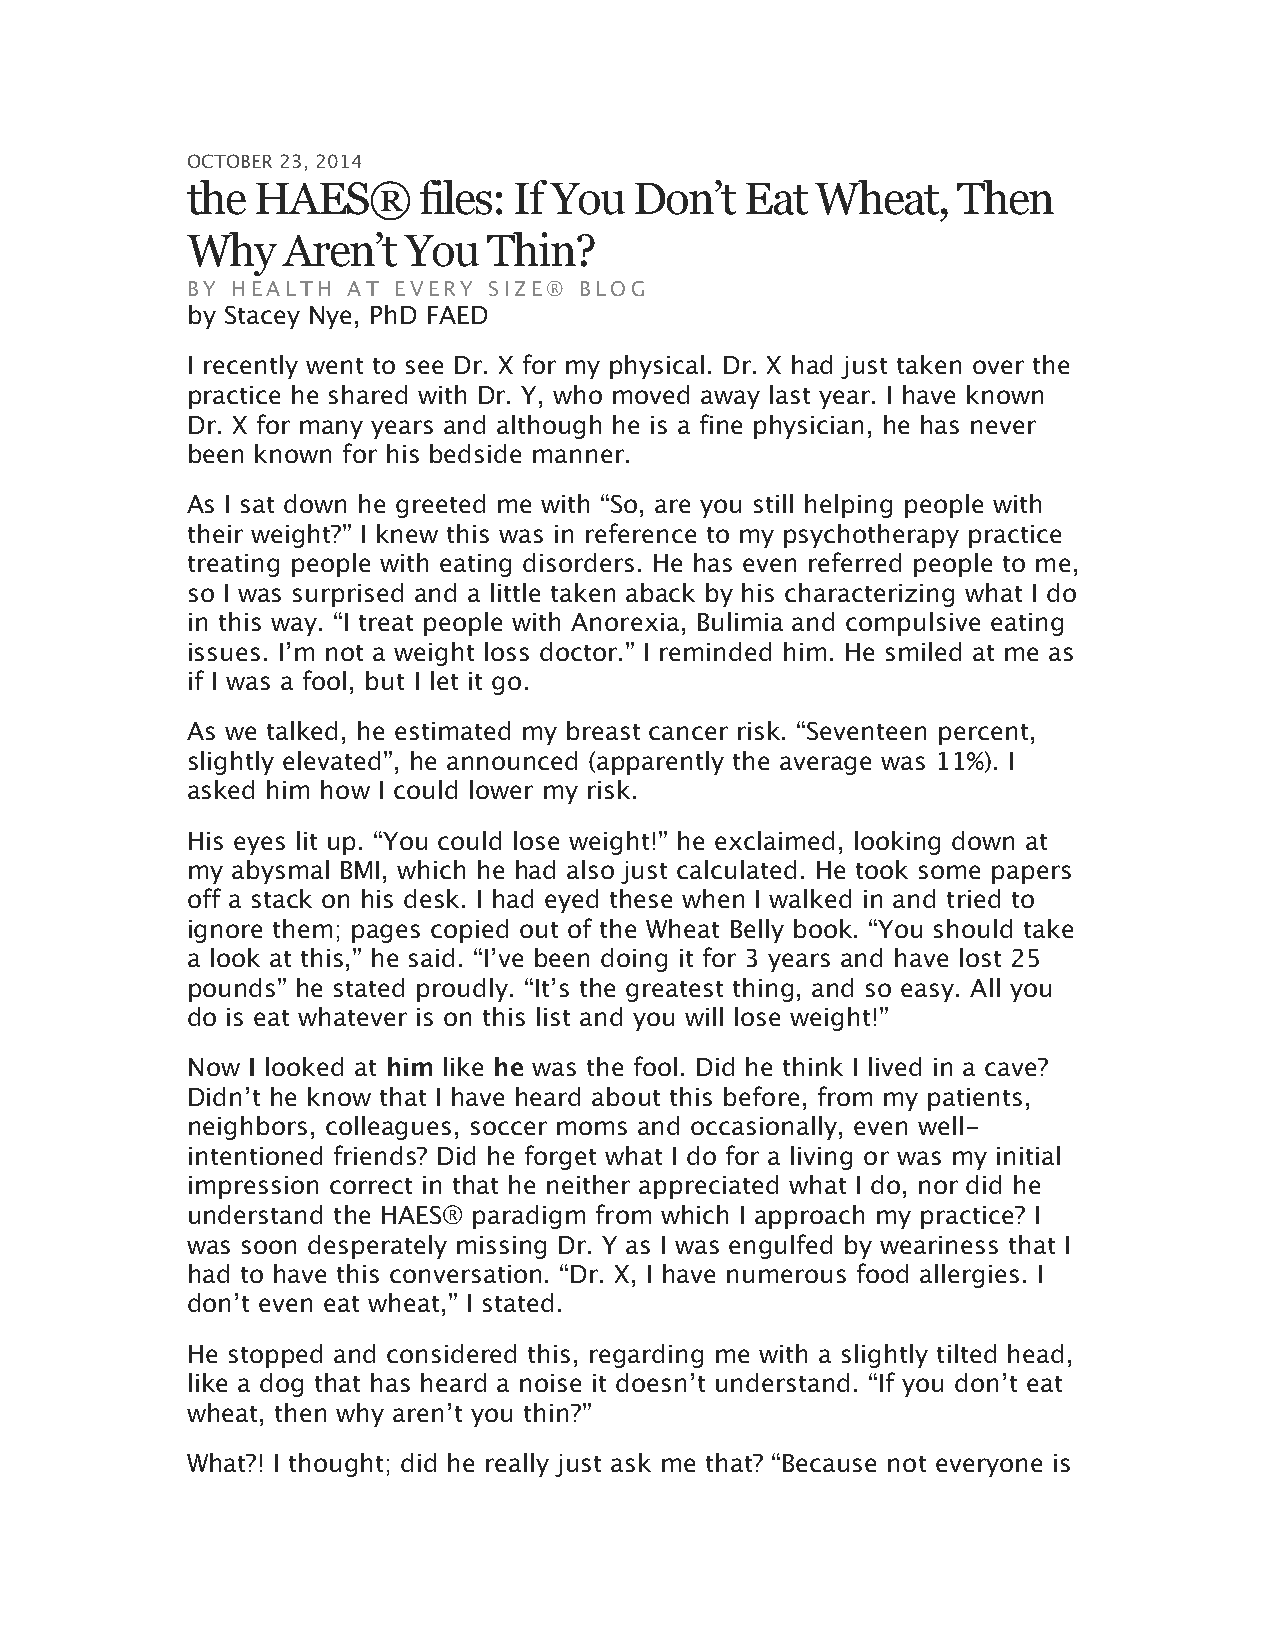
OCTOBER 23, 2014
 the  HAES®      files: If You Don’t  Eat  Wheat,   Then
 Why    Aren’t  You  Thin?
 BY HEALTH  AT EVERY SIZE® BLOG
 by Stacey Nye, PhD FAED
 I recently went to see Dr. X for my physical. Dr. X had just taken over the
 practice he shared with Dr. Y, who moved away last year. I have known
 Dr. X for many years and although he is a fine physician, he has never
 been known for his bedside manner.
 As I sat down he greeted me with “So, are you still helping people with
 their weight?” I knew this was in reference to my psychotherapy practice
 treating people with eating disorders. He has even referred people to me,
 so I was surprised and a little taken aback by his characterizing what I do
 in this way. “I treat people with Anorexia, Bulimia and compulsive eating
 issues. I’m not a weight loss doctor.” I reminded him. He smiled at me as
 if I was a fool, but I let it go.
 As we talked, he estimated my breast cancer risk. “Seventeen percent,
 slightly elevated”, he announced (apparently the average was 11%). I
 asked him how I could lower my risk.
 His eyes lit up. “You could lose weight!” he exclaimed, looking down at
 my abysmal BMI, which he had also just calculated. He took some papers
 off a stack on his desk. I had eyed these when I walked in and tried to
 ignore them; pages copied out of the Wheat Belly book. “You should take
 a look at this,” he said. “I’ve been doing it for 3 years and have lost 25
 pounds” he stated proudly. “It’s the greatest thing, and so easy. All you
 do is eat whatever is on this list and you will lose weight!”
 Now I looked at him like he was the fool. Did he think I lived in a cave?
 Didn’t he know that I have heard about this before, from my patients,
 neighbors, colleagues, soccer moms and occasionally, even well-
 intentioned friends? Did he forget what I do for a living or was my initial
 impression correct in that he neither appreciated what I do, nor did he
 understand the HAES® paradigm from which I approach my practice? I
 was soon desperately missing Dr. Y as I was engulfed by weariness that I
 had to have this conversation. “Dr. X, I have numerous food allergies. I
 don’t even eat wheat,” I stated.
 He stopped and considered this, regarding me with a slightly tilted head,
 like a dog that has heard a noise it doesn’t understand. “If you don’t eat
 wheat, then why aren’t you thin?”
 What?! I thought; did he really just ask me that? “Because not everyone is